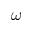
\omega